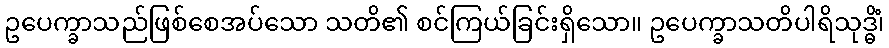
ဥပေက္ခာသည်ဖြစ်စေအပ်သော သတိ၏ စင်ကြယ်ခြင်းရှိသော။ ဥပေက္ခာသတိပါရိသုဒ္ဓိံ၊